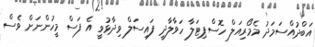
އަބްދުއްސަމަދު މެމޯރިއަލް ހޮސްޕިޓަލާ ހަވާލާދީ ފައިސަލް ވިދާޅުވީ އެ ފަސް މީހުންނަށް ވެސް